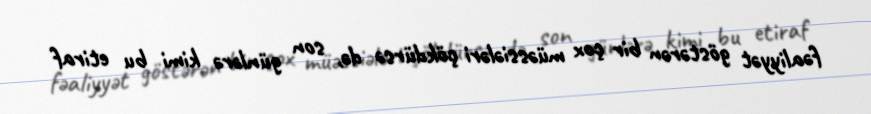
fəaliyyət göstərən bir çox müəssiələri çökdürsə də, son günlərə kimi bu etiraf